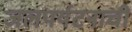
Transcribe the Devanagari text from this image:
जलपर्यटनाची